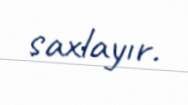
saxlayır.